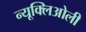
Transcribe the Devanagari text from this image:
न्यूक्लिओली